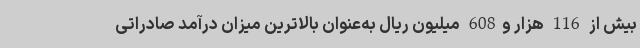
بیش از 116 هزار و608 میلیون ریال به‌عنوان بالاترین میزان درآمد صادراتی